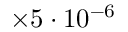
\times 5 \cdot 1 0 ^ { - 6 }